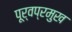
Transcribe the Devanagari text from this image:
पूर्वप्रमुख